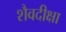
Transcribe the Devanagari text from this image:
शैवदीक्षा